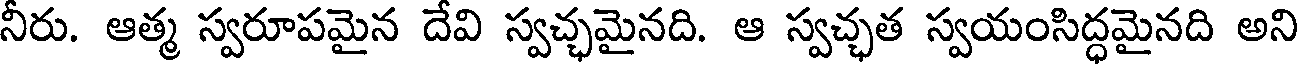
నీరు. ఆత్మ స్వరూపమైన దేవి స్వచ్ఛమైనది. ఆ స్వచ్ఛత స్వయంసిద్ధమైనది అని